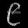
Digit: ၉